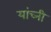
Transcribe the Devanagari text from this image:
यांच्नी